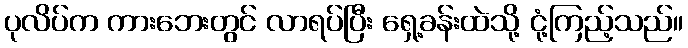
ပုလိပ်က ကားဘေးတွင် လာရပ်ပြီး ရှေ့ခန်းထဲသို့ ငုံ့ကြည့်သည်။